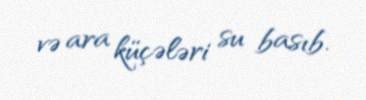
və ara küçələri su basıb.